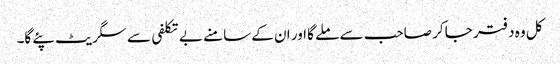
کل وہ دفتر جا کر صاحب سے ملے گا اور ان کے سامنے بے تکلفی سے سگریٹ پئے گا۔